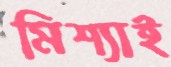
মিশ্যাই